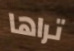
تراها